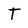
Character: T